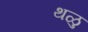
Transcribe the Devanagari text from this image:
थळु